Scottish Leaving Certificate Examination, 1957
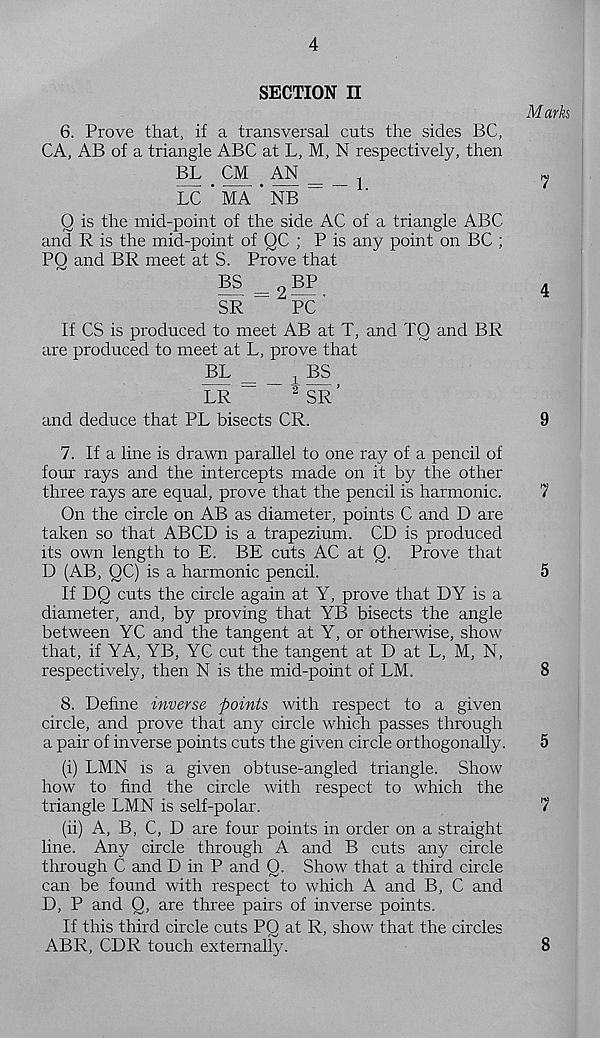
4
SECTION II
6. Prove that, if a transversal cuts the sides BC,
CA, AB of a triangle ABC at L, M, N respectively, then
BL CM AN _
1
LC ' MA * NB _
Q is the mid-point of the side AC of a triangle ABC
and R is the mid-point of QC ; P is any point on BC ;
PO and BR meet at S. Prove that
B5 = 2 BP
SR
PC'
If CS is produced to meet AB at T, and TO and BR
are produced to meet at L, prove that
BL
, BS
LR “
2 SR ’
and deduce that PL bisects CR.
Marks
7
4
9
7. If a line is drawn parallel to one ray of a pencil of
four rays and the intercepts made on it by the other
three rays are equal, prove that the pencil is harmonic.
7
On the circle on AB as diameter, points C and D are
taken so that ABCD is a trapezium. CD is produced
its own length to E. BE cuts AC at 0. Prove that
D (AB, QC) is a harmonic pencil.
5
If DQ cuts the circle again at Y, prove that DY is a
diameter, and, by proving that YB bisects the angle
between YC and the tangent at Y, or otherwise, show
that, if YA, YB, YG cut the tangent at D at L, M, N,
respectively, then N is the mid-point of LM.
8
8. Define inverse points with respect to a given
circle, and prove that any circle which passes through
a pair of inverse points cuts the given circle orthogonally.
5
(i) LMN is a given obtuse-angled triangle. Show
how to find the circle with respect to which the
triangle LMN is self-polar.
7
(ii) A, B, C, D are four points in order on a straight
line. Any circle through A and B cuts any circle
through C and D in P and 0. Show that a third circle
can be found with respect to which A and B, C and
D, P and Q, are three pairs of inverse points.
If this third circle cuts PQ at R, show that the circles
ABR, CDR touch externally.
8